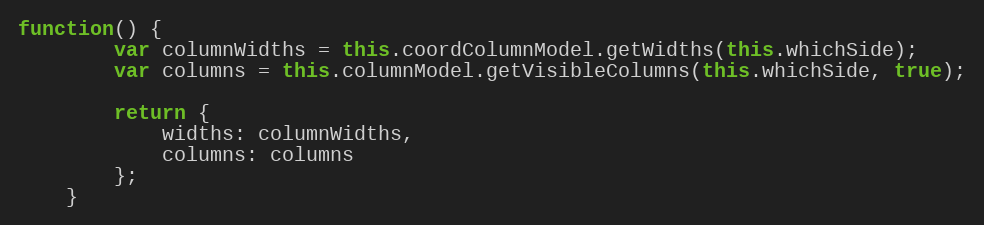
Language: JavaScript
function() {
        var columnWidths = this.coordColumnModel.getWidths(this.whichSide);
        var columns = this.columnModel.getVisibleColumns(this.whichSide, true);

        return {
            widths: columnWidths,
            columns: columns
        };
    }